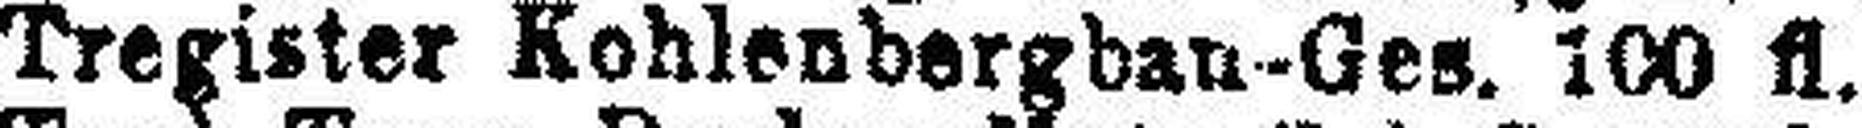
Tregister Kohlenbergbau-Ges. 100 fl.